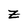
Character: z